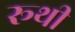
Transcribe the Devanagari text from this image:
रूथी